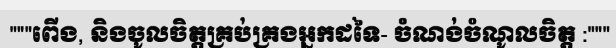
"""ពើង, និងចូលចិត្តគ្រប់គ្រងអ្នកដទៃ- ចំណង់ចំណូលចិត្ត :"""